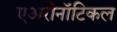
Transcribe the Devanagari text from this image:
एअरोनॉटिकल